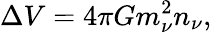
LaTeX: \Delta V=4\pi Gm_{\nu}^{2}n_{\nu},